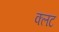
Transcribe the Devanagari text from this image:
क्लट